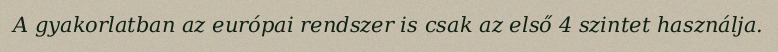
A gyakorlatban az európai rendszer is csak az első 4 szintet használja.